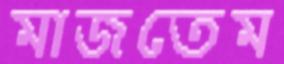
মাজতেম